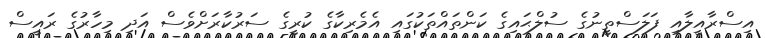
އިސްރާއީލާއި ފަލަސްތީނުގެ ސުލްޙައިގެ ކަންތައްތަކުގައި އެމެރިކާގެ ކުރީގެ ސަރުކާރަށްވެސް އަދި މިހާރުގެ ރައީސް